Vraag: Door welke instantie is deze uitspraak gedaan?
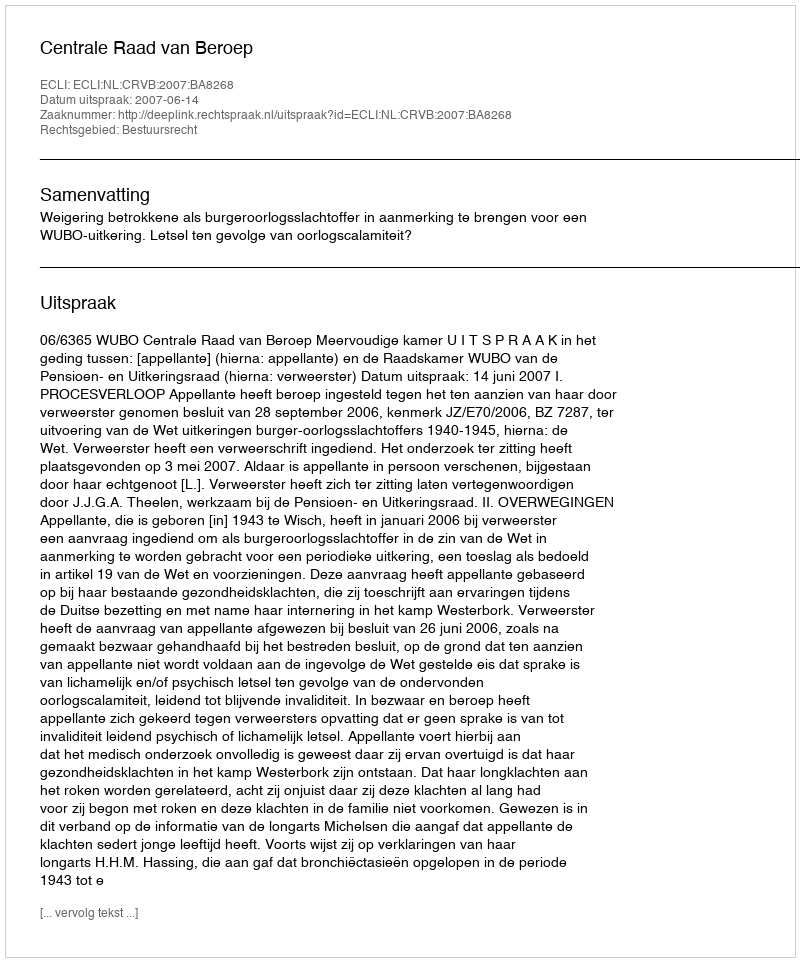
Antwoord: Centrale Raad van Beroep